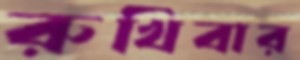
রুখিবার